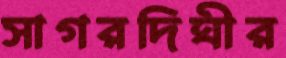
সাগরদিঘীর